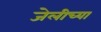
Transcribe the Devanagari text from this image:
जेलीच्या